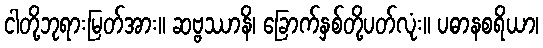
ငါတို့ဘုရားမြတ်အား။ ဆဗ္ဗဿာနိ၊ ခြောက်နှစ်တို့ပတ်လုံး။ ပဓာနစရိယာ၊